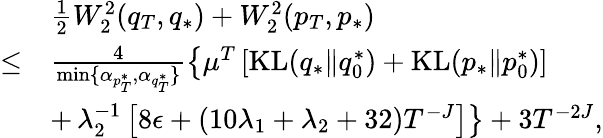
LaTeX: \begin{array}{rl}&{\frac{1}{2}W_{2}^{2}(q_{T},q_{*})+W_{2}^{2}(p_{T},p_{*})}\\ {\leq}&{\frac{4}{\operatorname*{min}\{ \alpha_{p_{T}^{*}},\alpha_{q_{T}^{*}}\} }\left\{ \mu^{T}\left[\mathrm{KL}(q_{*}\| q_{0}^{*})+\mathrm{KL}(p_{*}\| p_{0}^{*})\right]\right.}\\ &{+\left.\lambda_{2}^{-1}\left[8\epsilon+(10\lambda_{1}+\lambda_{2}+32)T^{-J}\right]\right\} +3T^{-2J},}\end{array}